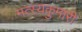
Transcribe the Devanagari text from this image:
मत्स्यकुमारी